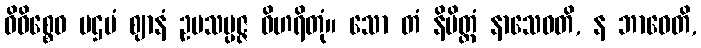
ဝိဝိစ္စေဝ ပဌမံ ဈာနံ ဥပသမ္ပဇ္ဇ ဝိဟရိတုံ။ သော တံ နိမိတ္တံ နာသေဝတိ, န ဘာဝေတိ,